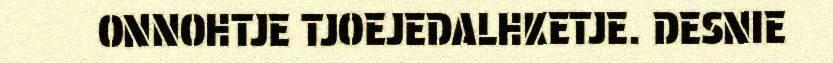
ONNOHTJE TJOEJEDALHKETJE. DESNIE